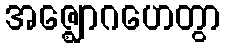
အဇ္ဈောဂဟေတွာ